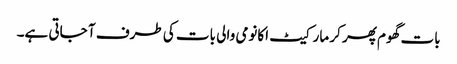
بات گھوم پھر کر مارکیٹ اکانومی والی بات کی طرف آ جاتی ہے۔